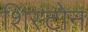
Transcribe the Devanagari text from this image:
शिस्टोन